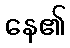
နေ၏